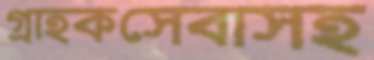
গ্রাহকসেবাসহ